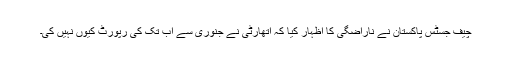
چیف جسٹس پاکستان نے ناراضگی کا اظہار کیا کہ اتھارٹی نے جنوری سے اب تک کی رپورٹ کیوں نہیں کی۔